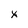
Character: x